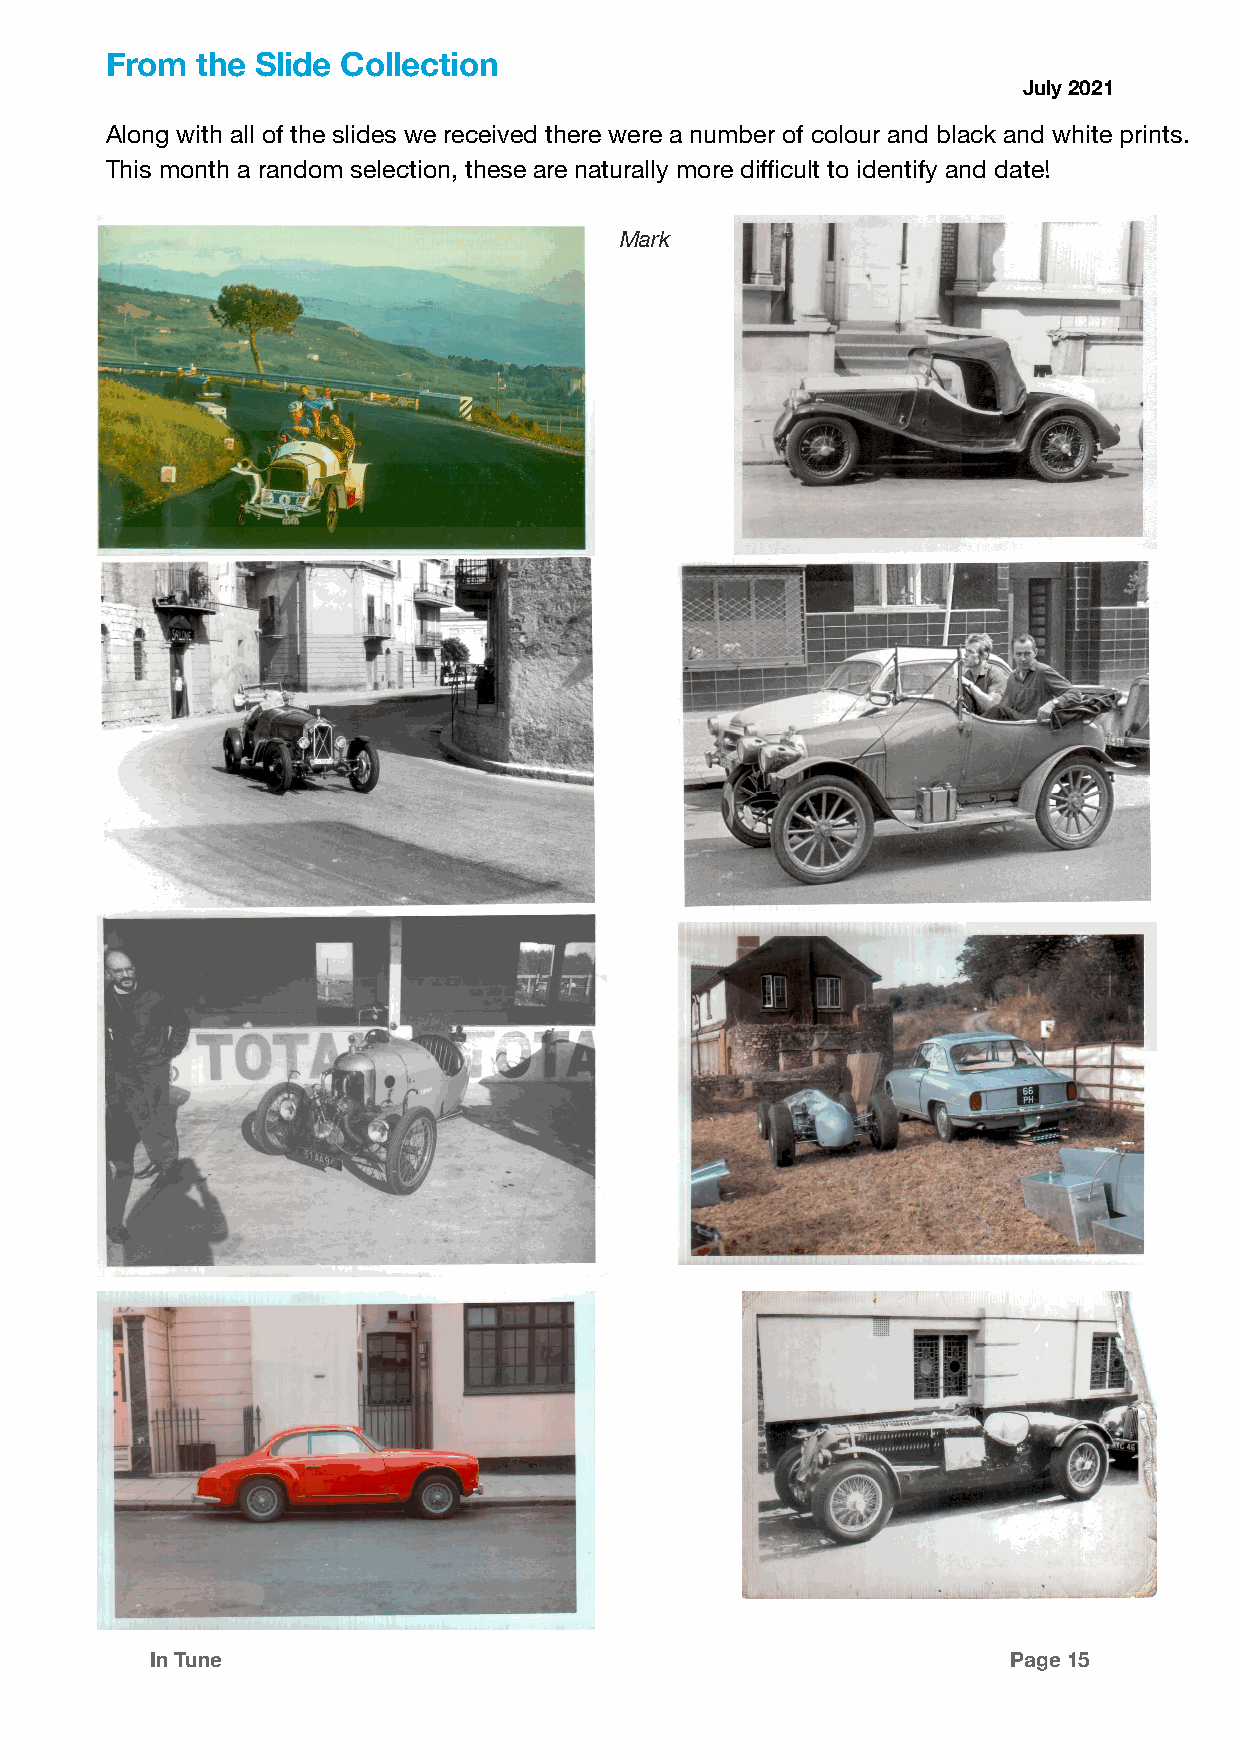
From  the Slide Collection
 July 2021
 Along with all of the slides we received there were a number of colour and black and white prints.
 This month a random selection, these are naturally more difficult to identify and date!
 Mark
 In Tune                                                  Page 15